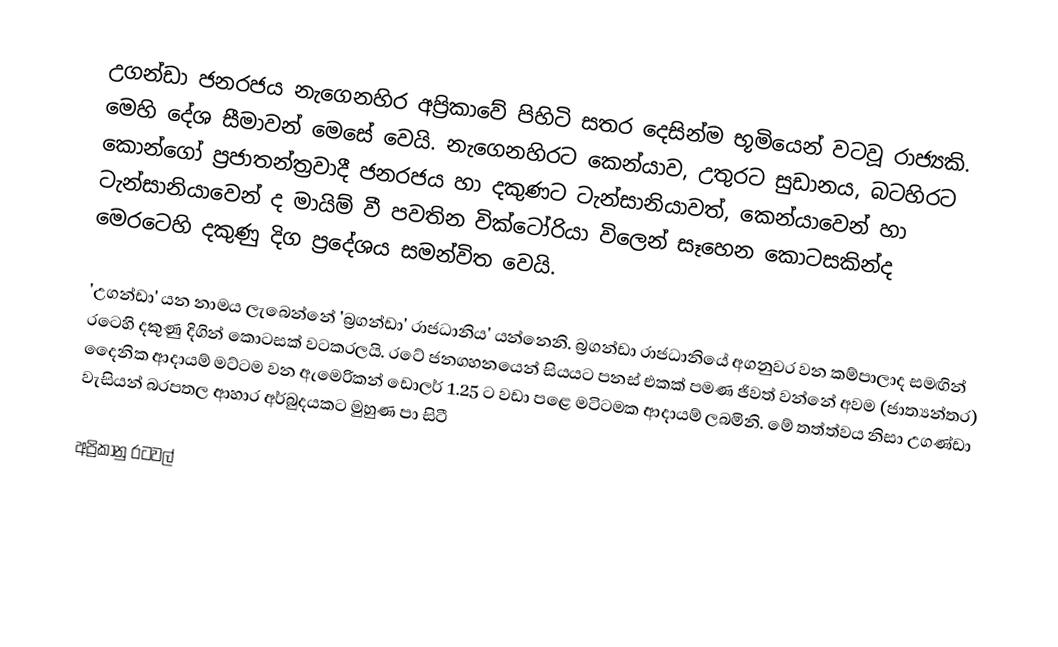
උගන්ඩා ජනරජය නැගෙනහිර අප්‍රිකාවේ පිහිටි සතර දෙසින්ම භූමියෙන් වටවූ  රාජ්‍යකි. මෙහි දේශ සීමාවන් ‍මෙසේ  වෙයි. නැගෙනහිරට කෙන්යාව, උතුරට සුඩානය, බටහිරට කොන්ගෝ ප්‍රජාතන්ත්‍රවාදී ජනරජය හා දකුණට ටැන්සානියාවත්, කෙන්යාවෙන් හා ටැන්සානියාවෙන් ද මායිම් වී පවතින  වික්ටෝරියා විලෙන්  සෑහෙන කොටසකින්ද මෙරටෙහි දකුණු දිග ප්‍රදේශය සමන්විත වෙයි.

'උගන්ඩා' යන නාමය ලැබෙන්නේ 'බ්‍රගන්ඩා' රාජධානිය' යන්නෙනි. බ්‍රගන්ඩා රාජධානියේ අගනුවර වන කම්පාලාද සමඟින් රටෙහි දකුණු දිගින් කොටසක් වටකරලයි. රටේ ජනගහනයෙන්  සියයට පනස් එකක් පමණ ජිවත් වන්නේ අවම (ජාත්‍යන්තර) දෛනික ආදායම් මට්ටම වන ඇමෙරිකන් ඩොලර් 1.25 ට වඩා පළෙ මටිටමක ආදායම් ලබමිනි. මේ තත්ත්වය නිසා උගණ්ඩා වැසියන් බරපතල ආහාර අර්බුදයකට මුහුණ පා සිටී

අප්‍රිකානු රටවල්